Medical and sanitary report of the native army of Bengal for the year
Year: 1877
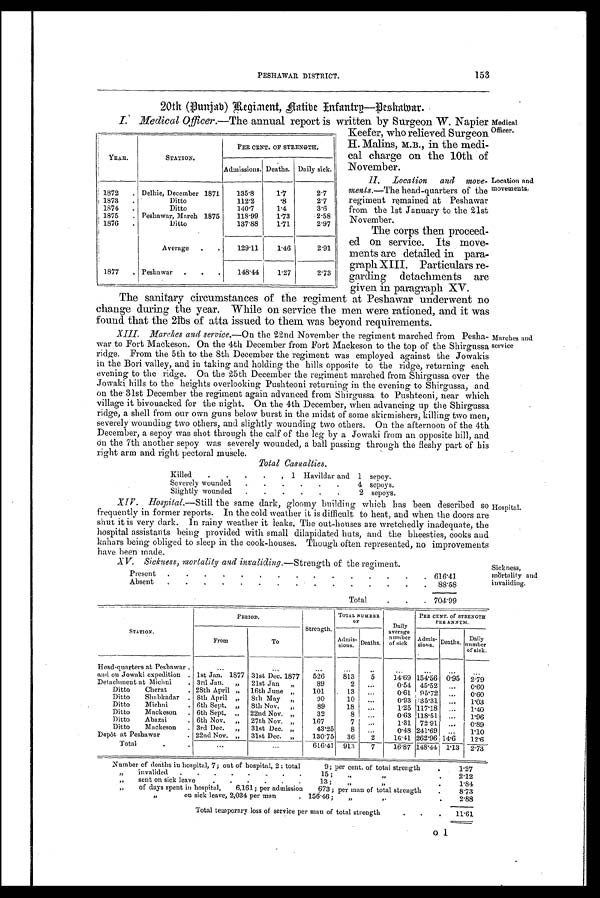
153
PESHAWAR. DISTRICT.
20th (Punjab) Regiment, natibe Infantry—Peshamar.
I. Medical Officer.—The annual report is written by Surgeon W. Napier
Keefer, who relieved Surgeon
H. Ma l i n s , M. B. , i n t h e me d i -
cal charge on the 10th of
November.
II. Location and move-
ments.—The head-quarters of the
regiment remained at Peshawar
from the 1st January to the 21st
November.
The corps then proceed-
ed on service. Its move-
ments are detailed in para-
graph XIII. Particulars re-
garding detachments are
given in paragraph XV.
The sanitary circumstances of the regiment at Peshawar underwent no
change during the year. While on service the men were rationed, and it was
found. t hat t he 21bs of at t a i ssued t o t hem was beyond requi rement s.
XIII. Marches and service.— On the 22nd November the regiment marched from Pesha-
war to Fort Mackeson. On the 4th December from Fort Mackeson to the top of the Shirgussa
ridge. From the 5th to the 8th December the regiment was employed against the Jowakis
in the Bori valley, and in taking and holding the hills opposite to the ridge, returning each
evening to the ridge. On the 25th December the regiment marched from Shirgussa over the
Jowaki hills to the heights overlooking Pushteoni returning in the evening to Shirgussa, and
on the 31st December the regiment again advanced from Shirgussa to Pushteoni, near which
village it bivouacked for the night. On the 4th December, when advancing up the Shirgussa
ridge, a shell from our own guns below burst in the midst of some skirmishers, killing two men,
severely wounding two others, and slightly wounding two others. On the afternoon of the 4th
December, a sepoy was shot through the calf of the leg by a Jowaki from an opposite bill, and
On the 7th another sepoy was severely wounded, a ball passing through the fleshy part of his
right arm and right pectoral muscle.
-
Total Casualties.
K i l l e d
.
.
. .
,
1 H a v i l d a r a n d
1 sepoy.
S e v e r e l y w o u n d e d
. .
.
..
.
4 sepoy.
S l i g h t l y w o u n d e d
. .
.
. .
.
2 sepoy.
XVI . Hospital.— Still the same dark, gloomy building which has been described so
frequently in former reports. In the cold weather it is difficult to heat, and when the doors are
shut it is very dark. In rainy weather it leaks. The out-houses are wretchedly inadequate, the
hospital assistants being provided with small dilapidated huts, and the bheesties, cooks and
kahars being obliged to sleep in the cook-houses. Though often represented, no improvements have been made.
have been made.
YEAR.
STATION.
P E R C E N T . O F S T R E N G T H .
A d m i s s i o n s .
Deaths. Daily sick
1872
.
D e l h i e , D e c e m b e r 1 8 7 1
1 3 5 . 8
1.7
2.7
1873
.
D i t t o
1 1 2 . 2
.8
2.7
1874
.
D i t t o
1 4 0 . 7
1.4
3.6
1875
.
P e s h a w a r , M a r c h 1 8 7 5
1 1 8 . 9 9
1.73
2.58
1876
.
D i t t o
1 3 7 . 8 8
1.73
2.97
A v e r a g e
.
.
1 2 9 . 1 1
1.46
2.91
1877
.
P e s h a w a r
. .
.
1 4 8 . 4 4
1.27
2.73
Location and
movements.
Marches and
service
Hospital.
Medical
Officer.
XV. Sickness, mortality and invaliding.—Strength of the regiment.
Present .
. .
.
.
.
.
. . .
. .
.
. . 616.41
Absent .
. .
.
.
.
.
. . .
. .
.
. . 88.58
Total
.
. . 704.99
Sickness,
mortality and
STATION.
PERIOD.
S t r e n g t h .
TOTAL NUMBER OF
Daily average number of sick.
PER CENT OF STRENGTH PER ANNUM.
F r o m
To
Admis-
Admis-
sions.
D e a t h s .
Admis-sions. Deaths.
Daily number of sick.
Head-quarters at Peshawar .
. . .
. . .
. . . . . .
. . .
...
...
...
...
and on Joaki expedition .
1 s t
Jan. 1877
3 1 s t
Dec.
1 8 7 7
5 2 6
813
5 14.69 154.560.95 2.79
Detachment at Michini .
3 r d
Jan.
„
2 1 s t
Jan
„
8 9
2
. . .
0.54
45.52...
o.60
Ditto
Cherat .
2 8 t h
Apiril
„
1 6 t h
June
„
1 0 1
13
. . .
0.61
95.72...
0.60
Ditto
Shabkadar .
8 t h
Apirl
„
8 t h
May
„
9 0
10
. . .
0.93
135.31...
1.03
Ditto
Michni .
6 t h
Sept.
„
8 t h
Nov.
„
8 9
18
. . .
1.25
117.18...
1.40
Ditto
Mackeson .
6 t h
Sept.
„
2 2 n d
Nov.
„
3 2
8
. . .
0.63
118.51...
1.96
Ditto
Abazai .
6 t h
Nov.
„
2 7 t h
Nov.
„
1 6 7
7
. . .
1.31
72.91...
0.89
Ditto
Mackeson .
3 r d
Dec.
„
3 1 s t
Dec.
„
4 3 . 2 5
8
. . .
0.48
241.69...
1.10
Depôt at Peshawar
.
2 2 n d
Nov.
„
3 1 s t
Dec.
„
1 3 0 . 7 5
36
2 16.41 262.9614.6 12.6
Total
.
.
...
. . .
6 1 6 . 4 1
913
7 16.87 148.441.13 2.73
Number of deaths in hospital, 7; out of hospital,
2 t o t a l
9; per cent. of total strength .
1.27
„ invalided
. . .
. .
. .
.
. 15;
„ „
.
2.12
„ sent on sick leave.
. .
. .
.
. 13;
„ „
.
1.84
„
of days spent in hospital,
6 , 1 6 1 ; p e r a d m i s s i o n
673;
p e r m a n o f t o t a l s t r e n g t h
.
8.73
„
o n s i c k l e a v e , 2 , 0 3 4 p e r m a n .
156.46
„ „
.
2.88
Total temporary loss of service per man of total strength
.
. .
11.61